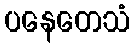
ပနေတေသံ